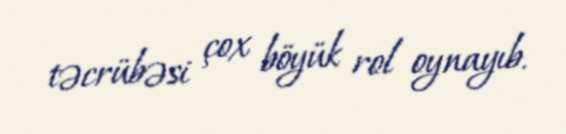
təcrübəsi çox böyük rol oynayıb.